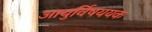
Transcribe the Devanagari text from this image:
आयुर्विषययक